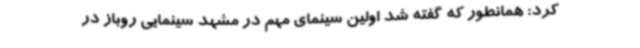
کرد: همانطور که گفته شد اولین سینمای مهم در مشهد سینمایی روباز در